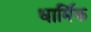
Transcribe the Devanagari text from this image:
धामि॔क